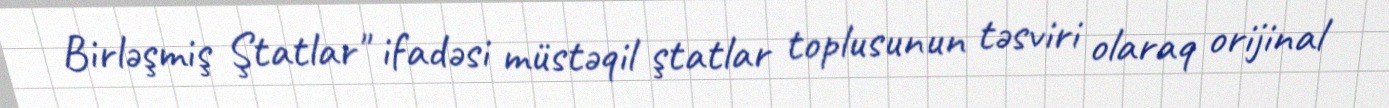
Birləşmiş Ştatlar" ifadəsi müstəqil ştatlar toplusunun təsviri olaraq orijinal